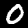
Digit: 0